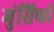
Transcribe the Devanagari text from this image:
मुंसिफों